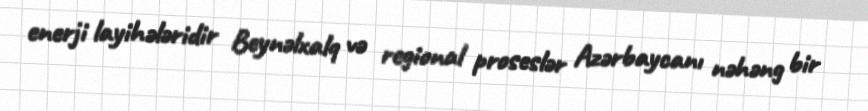
enerji layihələridir Beynəlxalq və regional proseslər Azərbaycanı nəhəng bir